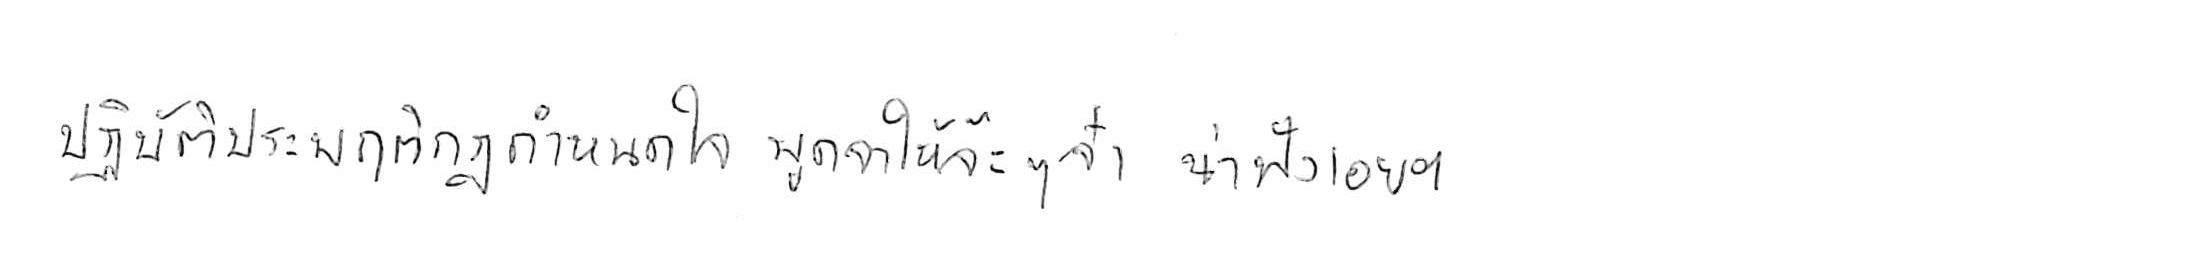
ปฏิบัติประพฤติกฎกำหนดใจ พูดจาให้จ๊ะๆ จ๋า น่าฟังเอยฯ